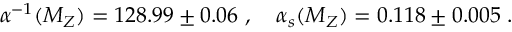
\alpha ^ { - 1 } ( M _ { Z } ) = 1 2 8 . 9 9 \pm 0 . 0 6 \ , \quad \alpha _ { s } ( M _ { Z } ) = 0 . 1 1 8 \pm 0 . 0 0 5 \; .